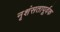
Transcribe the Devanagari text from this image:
नृशंसतापूर्वक